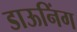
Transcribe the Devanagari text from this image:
डाऊनिंग